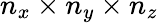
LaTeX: n_{x}\times n_{y}\times n_{z}